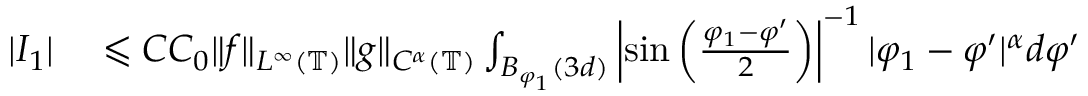
\begin{array} { r l } { | I _ { 1 } | } & { { } \leqslant C C _ { 0 } \| f \| _ { L ^ { \infty } ( \mathbb { T } ) } \| g \| _ { C ^ { \alpha } ( \mathbb { T } ) } \int _ { B _ { \varphi _ { 1 } } ( 3 d ) } \left| \sin \left( \frac { \varphi _ { 1 } - \varphi ^ { \prime } } { 2 } \right) \right| ^ { - 1 } | \varphi _ { 1 } - \varphi ^ { \prime } | ^ { \alpha } d \varphi ^ { \prime } } \end{array}